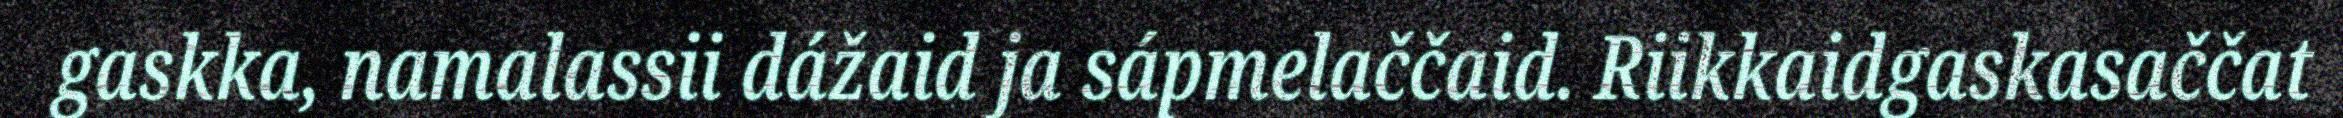
gaskka, namalassii dážaid ja sápmelaččaid. Riikkaidgaskasaččat